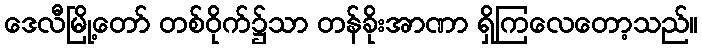
ဒေလီမြို့တော် တစ်ဝိုက်၌သာ တန်ခိုးအာဏာ ရှိကြလေတော့သည်။